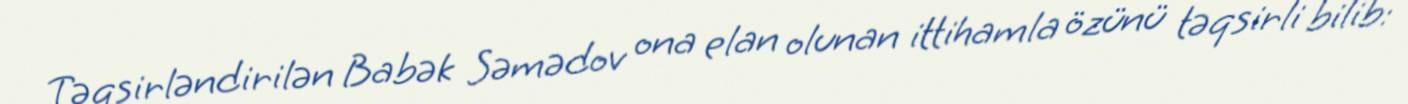
Təqsirləndirilən Babək Səmədov ona elan olunan ittihamla özünü təqsirli bilib: